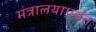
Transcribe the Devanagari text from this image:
मंत्रालयापर्यंत